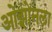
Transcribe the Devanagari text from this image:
ओझोनला